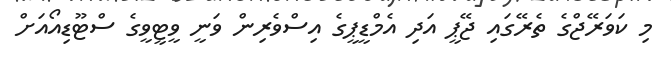
މި ކަވަރޭޖްގެ ތެރޭގައި ޖޭޕީ އަދި އެމްޑީޕީގެ އިސްވެރިން ވަނީ ވީޓީވީގެ ސްޓޫޑިއޯއަށް